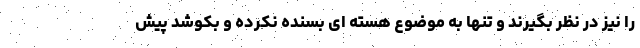
را نیز در نظر بگیرند و تنها به موضوع هسته ای بسنده نکرده و بکوشد پیش